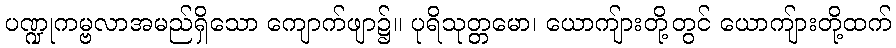
ပဏ္ဍုကမ္ဗလာအမည်ရှိသော ကျောက်ဖျာ၌။ ပုရိသုတ္တမော၊ ယောကျ်ားတို့တွင် ယောကျ်ားတို့ထက်